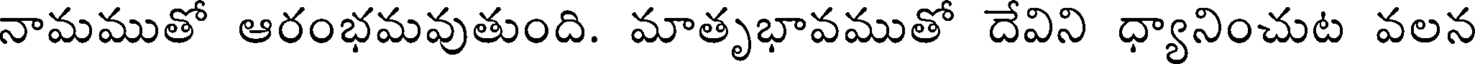
నామముతో ఆరంభమవుతుంది. మాతృభావముతో దేవిని ధ్యానించుట వలన